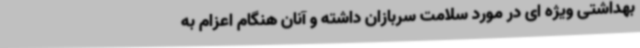
بهداشتی ویژه ای در مورد سلامت سربازان داشته و آنان هنگام اعزام به